Civil Veterinary Department Bengal reports 1923-33 - 1923-1933
Year: 1923
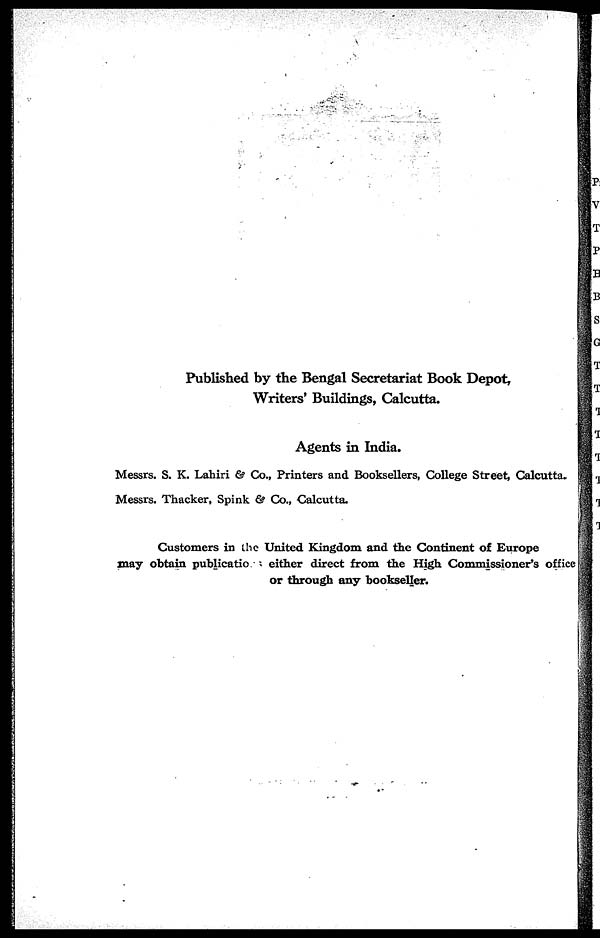
Published by the Bengal Secretariat Book Depot,
Writers' Buildings, Calcutta.
Agents in India.
Messrs. S. K. Lahiri & Co., Printers and Booksellers, College Street, Calcutta.
Messrs. Thacker, Spink & Co., Calcutta.
Customers in the United Kingdom and the Continent of Europe
may obtain publications either direct from the High Commissioner's office
or through any bookseller.